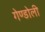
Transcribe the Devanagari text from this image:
गेण्डोली